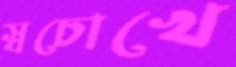
স্বচোখে